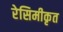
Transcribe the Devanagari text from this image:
रेसिमीकृत